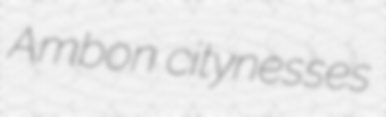
Ambon citynesses